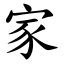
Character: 家